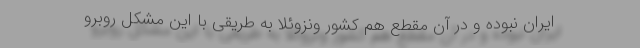
ایران نبوده و در آن مقطع هم کشور ونزوئلا به طریقی با این مشکل روبرو